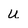
Character: U